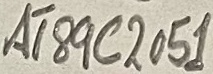
Text: AT89C2051